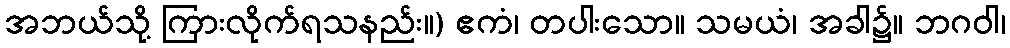
အဘယ်သို့ ကြားလိုက်ရသနည်း။) ဧကံ၊ တပါးသော။ သမယံ၊ အခါ၌။ ဘဂဝါ၊